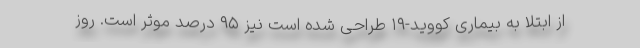
از ابتلا به بیماری کووید-۱۹ طراحی شده است نیز ۹۵ درصد موثر است. روز